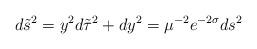
LaTeX: \begin{align*}d\tilde{s}^2=y^2d\tilde{\tau}^2+dy^2=\mu^{-2}e^{-2\sigma}ds^2\end{align*}